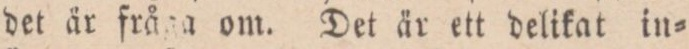
det är fråga om. Det är ett delikat in=